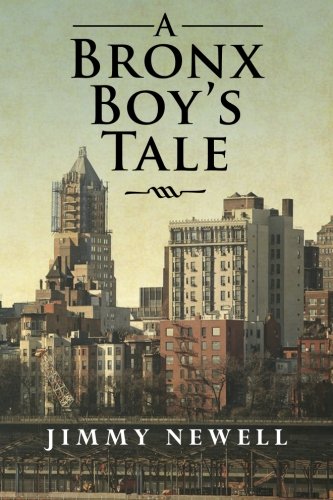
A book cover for A Bronx Boy's Tale; Jimmy Newell; Self-Help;